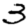
Digit: 3